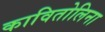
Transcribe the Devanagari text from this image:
कावितोलिना